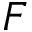
F